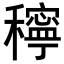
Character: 𥣗